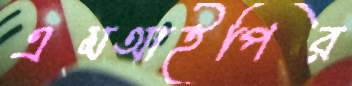
এমআইপির